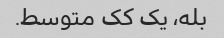
بله، یک کک متوسط.